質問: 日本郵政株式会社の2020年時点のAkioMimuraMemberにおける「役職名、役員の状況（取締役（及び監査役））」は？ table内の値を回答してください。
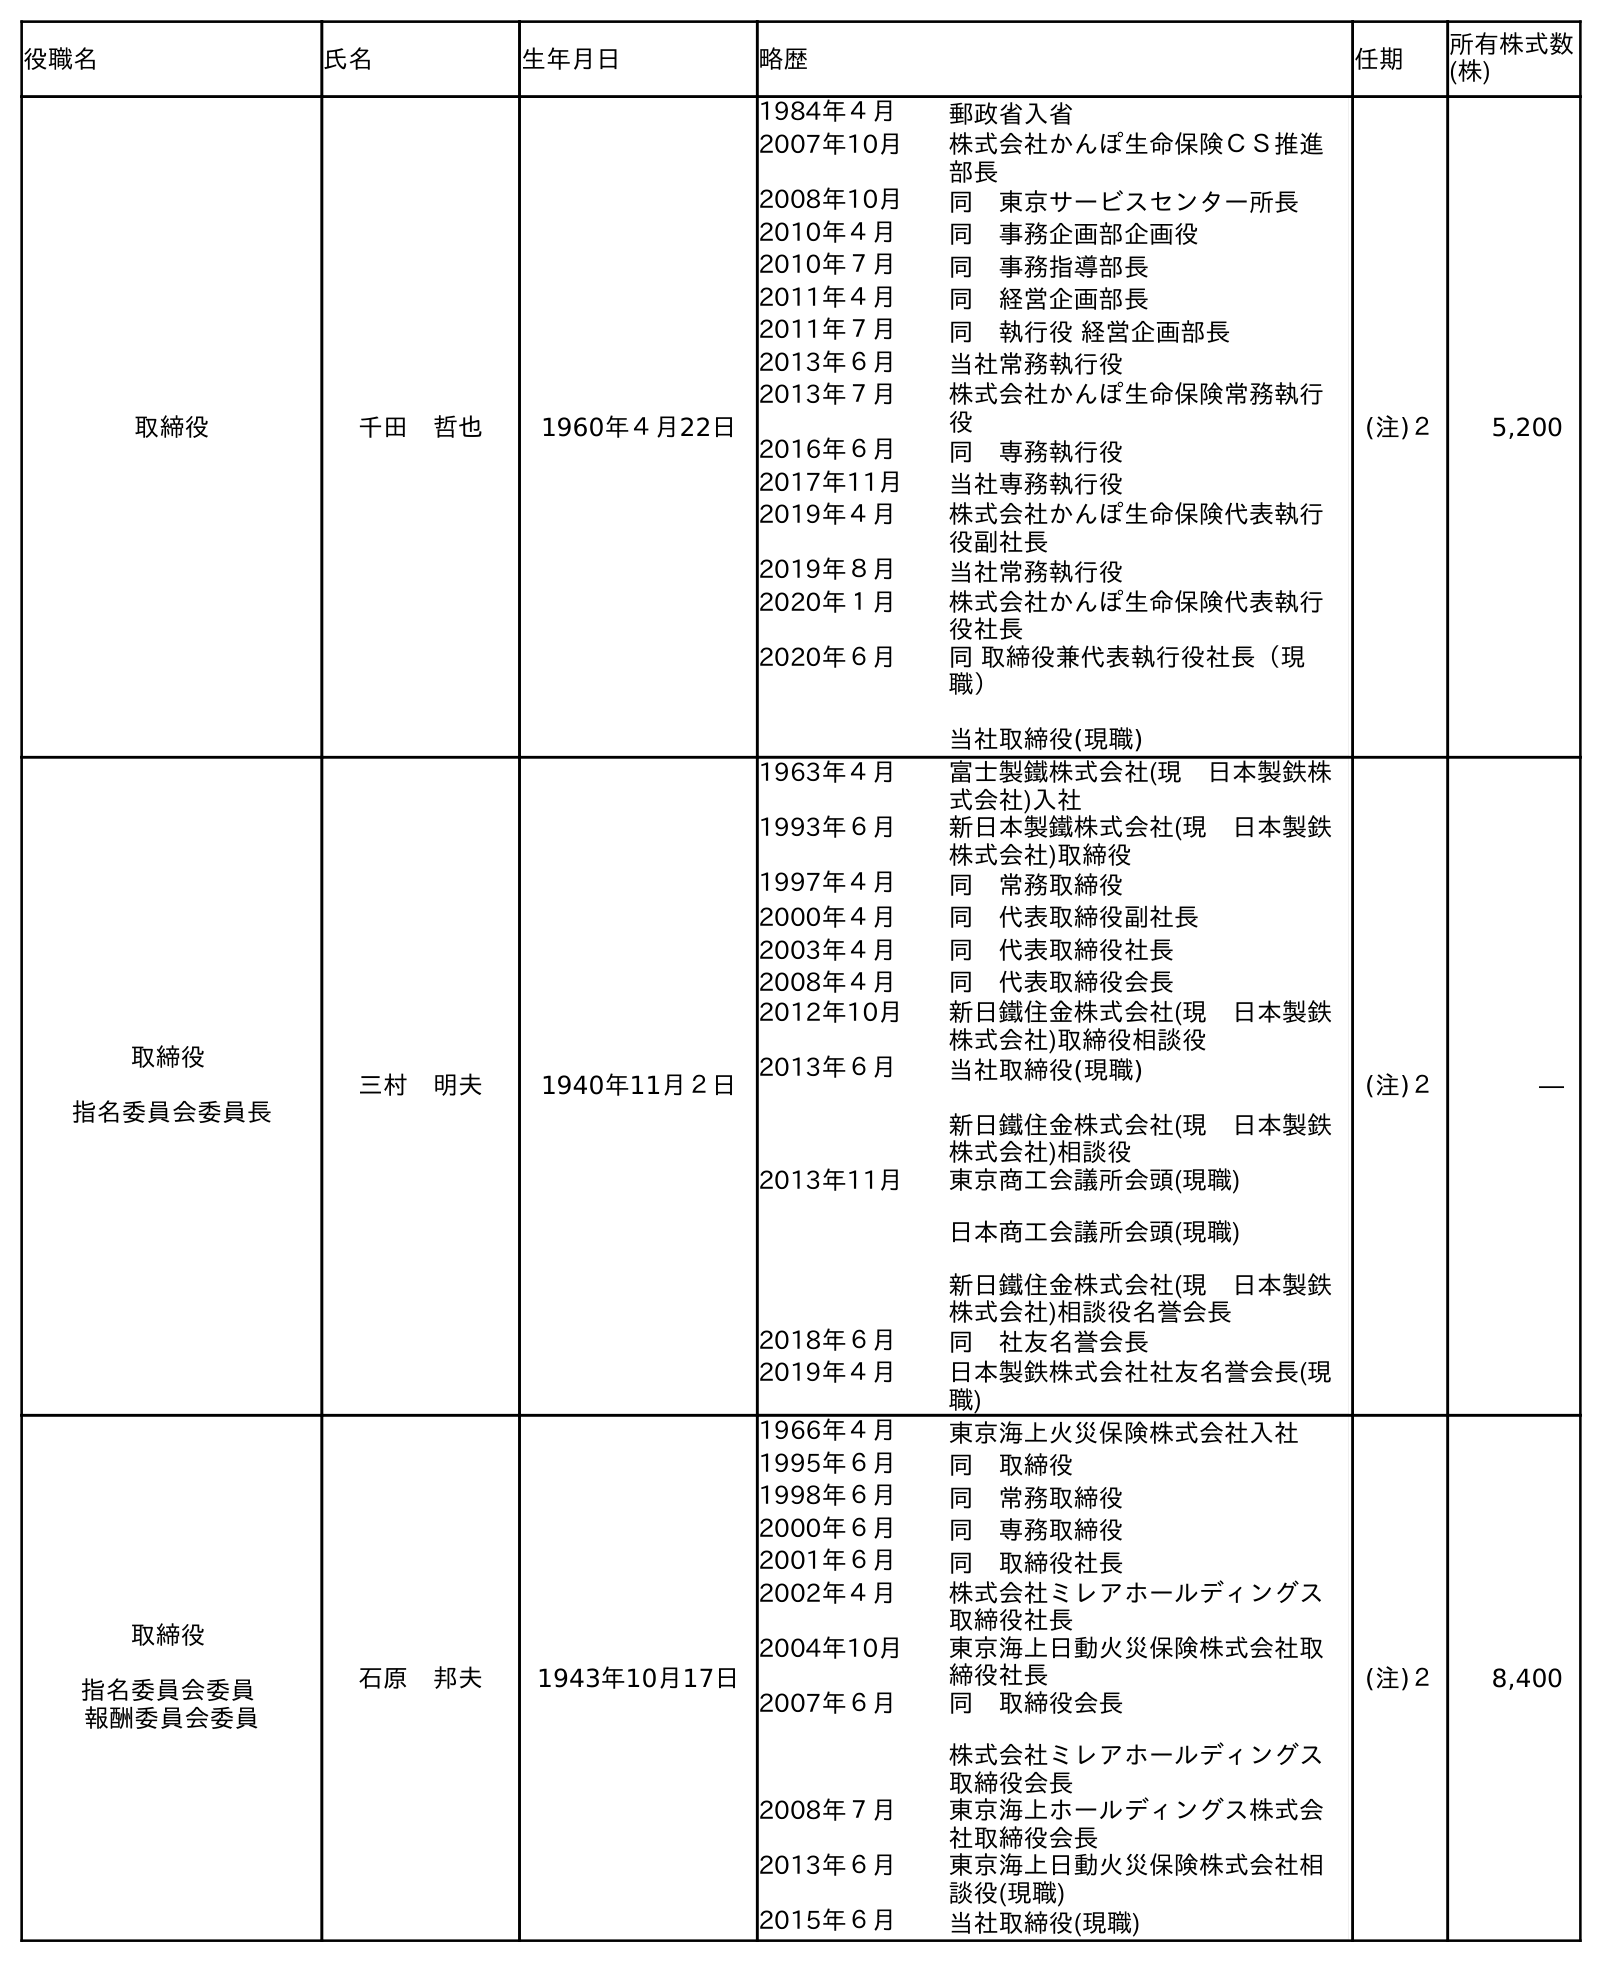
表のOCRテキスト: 役職名 氏名 生年月日 略歴 任期 所有株式数 (株) 取締役 千田 哲也 1960年４月22日 1984年４月 郵政省入省 2007年10月 株式会社かんぽ生命保険ＣＳ推進 部長 2008年10月 同 東京サービスセンター所長 2010年４月 同 事務企画部企画役 2010年７月 同 事務指導部長 2011年４月 同 経営企画部長 2011年７月 同 執行役 経営企画部長 2013年６月 当社常務執行役 2013年７月 株式会社かんぽ生命保険常務執行 役 2016年６月 同 専務執行役 2017年11月 当社専務執行役 2019年４月 株式会社かんぽ生命保険代表執行 役副社長 2019年８月 当社常務執行役 2020年１月 株式会社かんぽ生命保険代表執行 役社長 2020年６月 同 取締役兼代表執行役社長（現 職） 当社取締役(現職) (注)２ 5,200 取締役 指名委員会委員長 三村 明夫 1940年11月２日 1963年４月 富士製鐵株式会社(現 日本製鉄株 式会社)入社 1993年６月 新日本製鐵株式会社(現 日本製鉄 株式会社)取締役 1997年４月 同 常務取締役 2000年４月 同 代表取締役副社長 2003年４月 同 代表取締役社長 2008年４月 同 代表取締役会長 2012年10月 新日鐵住金株式会社(現 日本製鉄 株式会社)取締役相談役 2013年６月 当社取締役(現職) 新日鐵住金株式会社(現 日本製鉄 株式会社)相談役 2013年11月 東京商工会議所会頭(現職) 日本商工会議所会頭(現職) 新日鐵住金株式会社(現 日本製鉄 株式会社)相談役名誉会長 2018年６月 同 社友名誉会長 2019年４月 日本製鉄株式会社社友名誉会長(現 職) (注)２ ― 取締役 指名委員会委員 報酬委員会委員 石原 邦夫 1943年10月17日 1966年４月 東京海上火災保険株式会社入社 1995年６月 同 取締役 1998年６月 同 常務取締役 2000年６月 同 専務取締役 2001年６月 同 取締役社長 2002年４月 株式会社ミレアホールディングス 取締役社長 2004年10月 東京海上日動火災保険株式会社取 締役社長 2007年６月 同 取締役会長 株式会社ミレアホールディングス 取締役会長 2008年７月 東京海上ホールディングス株式会 社取締役会長 2013年６月 東京海上日動火災保険株式会社相 談役(現職) 2015年６月 当社取締役(現職) (注)２ 8,400
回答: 取締役指名委員会委員長